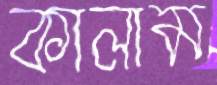
কালাম